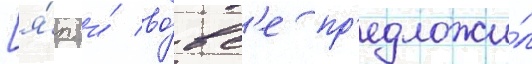
[я́п. и́ во́вс'е пр'едложи́л